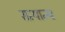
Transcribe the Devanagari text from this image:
सत्यान्य